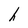
Character: h